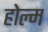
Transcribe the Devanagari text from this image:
होल्म